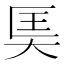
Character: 𪥎